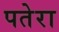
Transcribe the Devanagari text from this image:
पतेरा